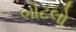
બોટલો